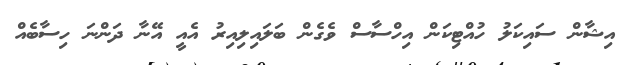
އިޝާން ސައިކަލު ހުއްޓިކަން އިހްސާސް ވެގެން ބަލައިލިއިރު އެއީ އޭނާ ދަންނަ ހިސާބެއް